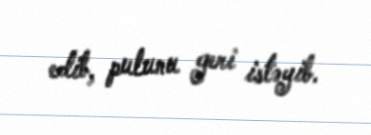
edib, pulunu geri istəyib.